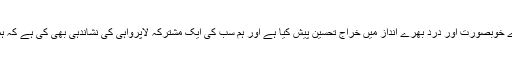
آپ کے مستقل کالم ’’درِ دل پہ دستک‘‘ میں آپ نے اپنے والدین کو بڑے خوبصورت اور درد بھرے انداز میں خراج تحسین پیش کیا ہے اور ہم سب کی ایک مشترکہ لاپرواہی کی نشاندہی بھی کی ہے کہ ہمارے پاس اپنے پیاروں کے لیے دعائے مغفرت کا وقت بھی نہیں رہا۔